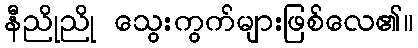
နီညိုညို သွေးကွက်များဖြစ်လေ၏။